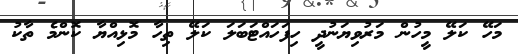
މަހޭ ކަލޭ މީހުން މަރުވިޔަނުދީ ހިފަހައްޓަބަލަ ކަލޭ ތިހާ މޮޅިއްޔާ ކޮންމެ ތާކު